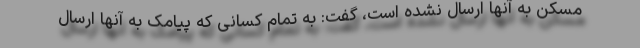
مسکن به آنها ارسال نشده است، گفت: به تمام کسانی که پیامک به آنها ارسال